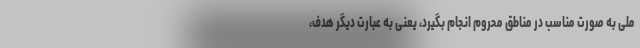
ملی به صورت مناسب در مناطق محروم انجام بگیرد، یعنی به عبارت دیگر هدف،